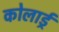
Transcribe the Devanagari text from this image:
कोलार्ड्र